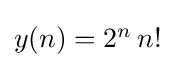
{\textstyle y(n)=2^{n}\,n!}